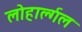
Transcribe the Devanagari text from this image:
लोहार्ल्गल